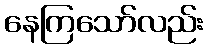
နေကြသော်လည်း